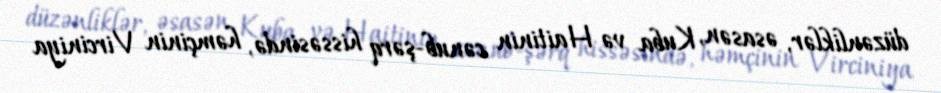
düzənliklər, əsasən, Kuba və Haitinin cənub-şərq hissəsində, həmçinin Virciniya